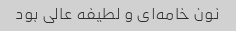
نون خامه‌ای و لطیفه عالی بود